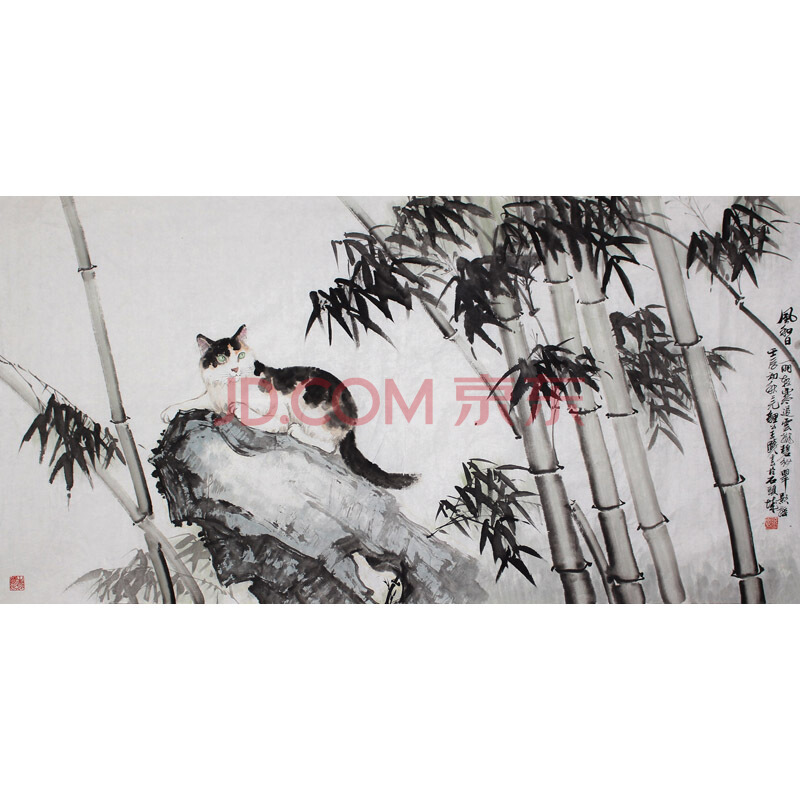
淇澳春云碧，潇湘夜雨寒。